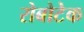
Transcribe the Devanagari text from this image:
रोबोटेक